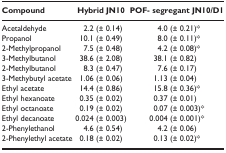
<table><thead><tr><td><b>Compound</b></td><td><b>Hybrid JN10</b></td><td><b>POF‐ segregant JN10/D1</b></td></tr></thead><tbody><tr><td>Acetaldehyde</td><td>2.2 (± 0.14)</td><td>4.0 (± 0.21)*</td></tr><tr><td>Propanol</td><td>10.1 (± 0.49)</td><td>8.0 (± 0.11)*</td></tr><tr><td>2‐Methylpropanol</td><td>7.5 (± 0.48)</td><td>4.2 (± 0.08)*</td></tr><tr><td>3‐Methylbutanol</td><td>38.6 (± 2.08)</td><td>38.1 (± 0.82)</td></tr><tr><td>2‐Methylbutanol</td><td>8.3 (± 0.47)</td><td>7.6 (± 0.17)</td></tr><tr><td>3‐Methybutyl acetate</td><td>1.06 (± 0.06)</td><td>1.13 (± 0.04)</td></tr><tr><td>Ethyl acetate</td><td>14.4 (± 0.86)</td><td>15.8 (± 0.36)*</td></tr><tr><td>Ethyl hexanoate</td><td>0.35 (± 0.02)</td><td>0.37 (± 0.01)</td></tr><tr><td>Ethyl octanoate</td><td>0.19 (± 0.02)</td><td>0.07 (± 0.003)*</td></tr><tr><td>Ethyl decanoate</td><td>0.024 (± 0.003)</td><td>0.004 (± 0.001)*</td></tr><tr><td>2‐Phenylethanol</td><td>4.6 (± 0.54)</td><td>4.2 (± 0.06)</td></tr><tr><td>2‐Phenylethyl acetate</td><td>0.18 (± 0.02)</td><td>0.13 (± 0.02)*</td></tr></tbody></table>